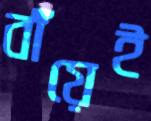
বাঁয়েই